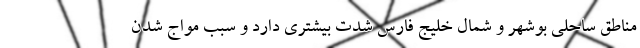
مناطق ساحلی بوشهر و شمال خلیج فارس شدت بیشتری دارد و سبب مواج شدن